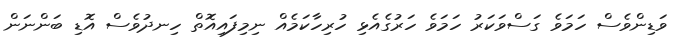
ވަޑިންވެސް ހަމަވެ ގަސްވަކަރު ހަމަވެ ހަރުގެއެޅި ހުރިހާކަމެއް ނިމިފައިއޮތް ހިނދުވެސް އޮޑި ބަންނަން